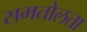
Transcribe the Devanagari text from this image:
समतोलता